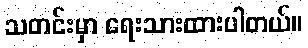
သတင်းမှာ ရေးသားထားပါတယ်။